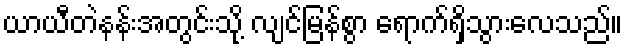
ယာယီတဲနန်းအတွင်းသို့ လျင်မြန်စွာ ရောက်ရှိသွားလေသည်။